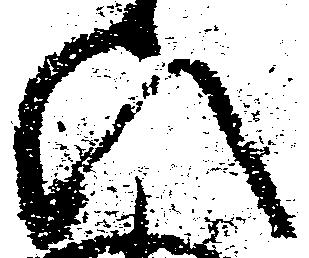
ひ